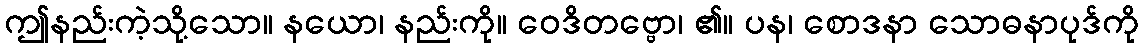
ဤနည်းကဲ့သို့သော။ နယော၊ နည်းကို။ ဝေဒိတဗ္ဗော၊ ၏။ ပန၊ စောဒနာ သောဓနာပုဒ်ကို